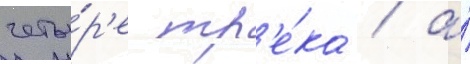
четы́р'е тр'е́ка / а́